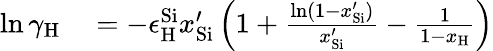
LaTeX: \begin{array}{rl}{\ln{\gamma_{\mathrm{{H}}}}}&{{}=-\epsilon_{\mathrm{{H}}}^{\mathrm{{Si}}}{x_{\mathrm{{Si}}}^{\prime}}\left({1+\frac{{\ln(1-{x_{\mathrm{{Si}}}^{\prime}})}}{{{x_{\mathrm{{Si}}}^{\prime}}}}-\frac{1}{{1-{x_{\mathrm{{H}}}}}}}\right)}\end{array}